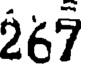
267